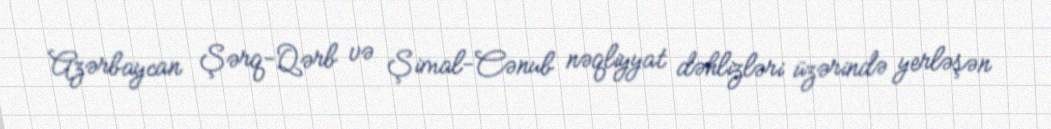
Azərbaycan Şərq-Qərb və Şimal-Cənub nəqliyyat dəhlizləri üzərində yerləşən